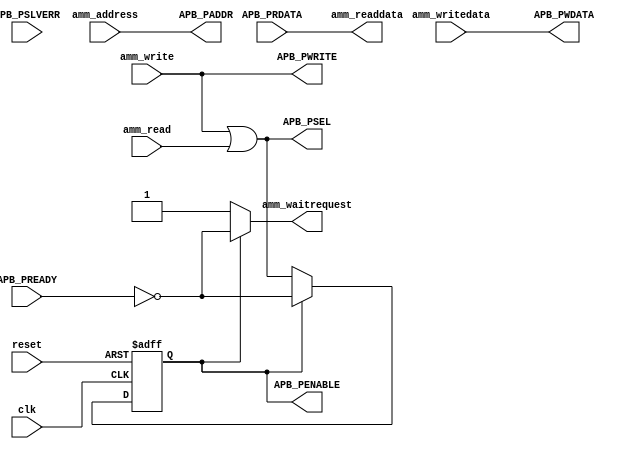
//-----------------------------------------------------------------------------
// Copyright (c) 2017 AsicVault OU
//
// Description : Avalon MM to APB bridge, supports only 32-bit access
//-----------------------------------------------------------------------------

module amm2apb (
	input				clk				,
	input				reset			,
	input		[31:0]	amm_address		,
	input		[31:0]	amm_writedata	,
	input				amm_write		,
	input				amm_read		,
	output		[31:0]	amm_readdata	,
	output				amm_waitrequest	,

	output				APB_PSEL 		,
	output	reg			APB_PENABLE	= 0	,
	output		[31:0]	APB_PADDR		,
	output		[31:0]	APB_PWDATA		,
	output				APB_PWRITE		,
	input		[31:0]	APB_PRDATA		,
	input				APB_PREADY		,
	input				APB_PSLVERR		
);

	always @(posedge clk or posedge reset)
		if (reset) begin
			APB_PENABLE <= 1'b0;
		end else begin
			APB_PENABLE <= APB_PENABLE? ~APB_PREADY : APB_PSEL;
		end
	
	assign	APB_PADDR	= amm_address;
	assign	APB_PSEL	= amm_write | amm_read;
	assign	APB_PWDATA	= amm_writedata;
	assign	APB_PWRITE	= amm_write;
	assign	amm_readdata= APB_PRDATA;
	assign	amm_waitrequest = APB_PENABLE? ~APB_PREADY : 1'b1;
	
	
endmodule